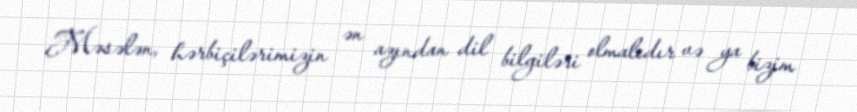
Məsələn, hərbiçilərimizin ən azından dil bilgiləri olmalıdır və ya bizim